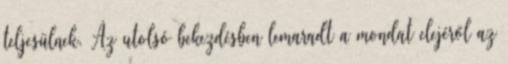
teljesülnek. Az utolsó bekezdésben lemaradt a mondat elejéről az